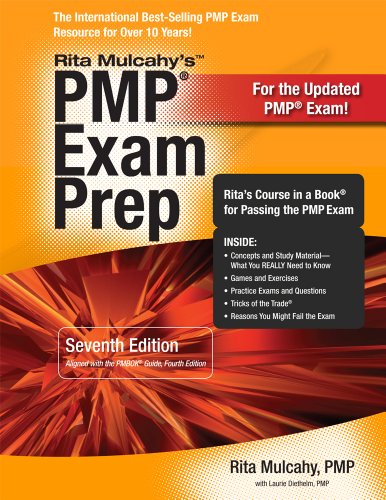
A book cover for PMP Exam Prep, Seventh Edition: Rita's Course in a Book for Passing the PMP Exam; Rita Mulcahy; Test Preparation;